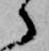
ゝ